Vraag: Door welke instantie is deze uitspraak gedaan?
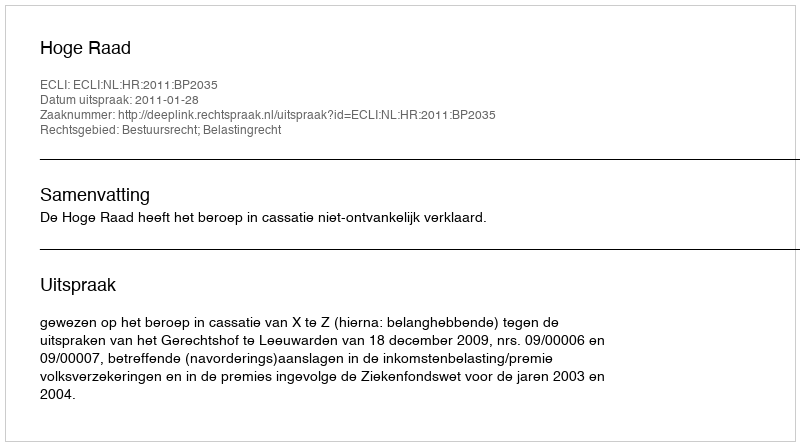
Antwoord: Hoge Raad